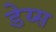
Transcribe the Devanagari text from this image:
डेय्स